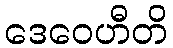
ဒေဝေဟီတိ